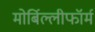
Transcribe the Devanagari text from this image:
मोर्बिल्लीफॉर्म